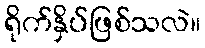
ရိုက်နှိပ်ဖြစ်သလဲ။